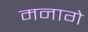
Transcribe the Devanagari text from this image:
मनागे